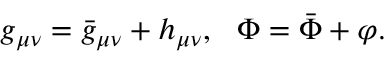
g _ { \mu \nu } = { \bar { g } } _ { \mu \nu } + h _ { \mu \nu } , ~ ~ \Phi = \bar { \Phi } + \varphi .